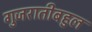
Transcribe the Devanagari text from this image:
गुजरातीबहुल